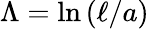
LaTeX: \Lambda=\ln\left(\ell/a\right)